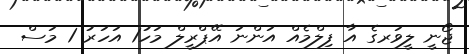
ޖޯނީ ލީވަރގެ އާ ފިލްމެއް އަންނަ އޭޕްރީލް މަހު1 އަހަރު 1 މަސް